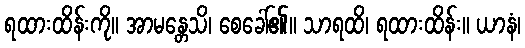
ရထားထိန်းကို။ အာမန္တေသိ၊ စေခေါ်၏။ သာရထိ၊ ရထားထိန်း။ ယာနံ၊